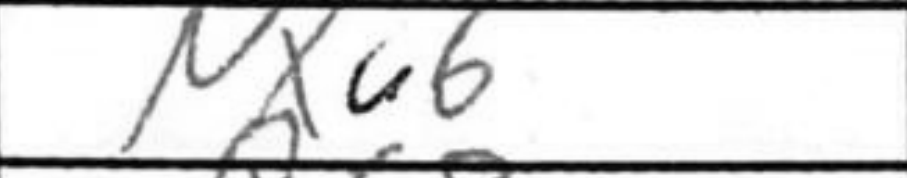
Transcription: Nxc6